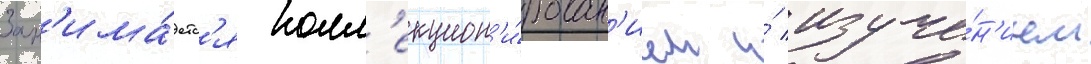
Зан'има́етс'я колл'екцион'и́рован'ием и́ изуче́н'ием